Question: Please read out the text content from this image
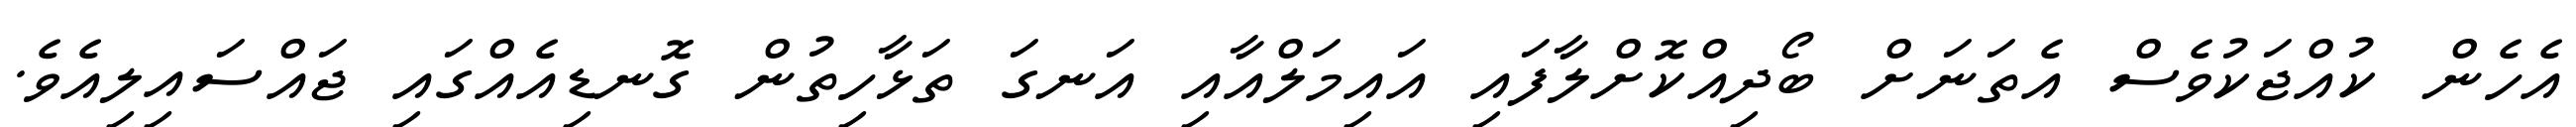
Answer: އެހެން ކުއްޖަކުވެސް އެތަނަށް ބޯދިއްކޮށްލާފައި އައިމަލްއާއި އަނގަ ތަޅާހިތުން ގޮނޑިއެއްގައި ޖައްސައިލިއެވެ.